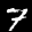
Label: 7